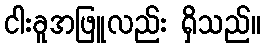
ငါးခူအဖြူလည်း ရှိသည်။